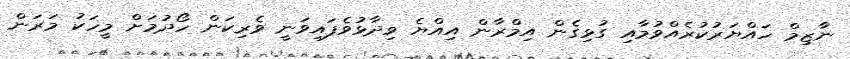
ނާޒިމް ހައްޔަރުކުރެއްވުމާއި ގުޅިގެން އިމްރާން އިއްޔެ ވިދާޅުވެފައިވަނީ ވެރިކަން ހޯދުމަށް މީހަކު މަރަން